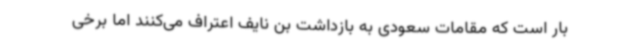
بار است که مقامات سعودی به بازداشت بن نایف اعتراف می‌کنند اما برخی